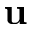
\mathbf { u }